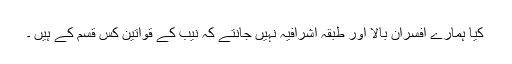
کیا ہمارے افسران بالا اور طبقہ اشرافیہ نہیں جانتے کہ نیب کے قواتین کس قسم کے ہیں ۔